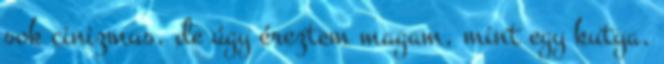
sok cinizmus, de úgy éreztem magam, mint egy kutya.